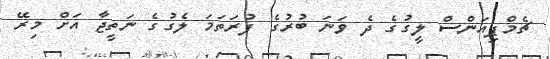
ޗެމްޕިއަންސް ލީގުގެ ދެ ވަނަ ބުރުގެ ފުރަތަމަ ލެގުގެ ނަތީޖާ އަށް މިރޭ